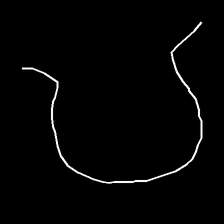
Glyph: weave